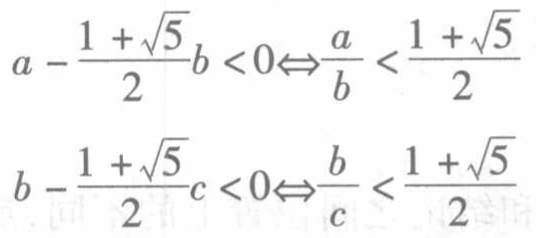
\[
a - \frac{1 + \sqrt{5}}{2}b < 0 \Leftrightarrow \frac{a}{b} < \frac{1 + \sqrt{5}}{2}
\]
\[
b - \frac{1 + \sqrt{5}}{2}c < 0 \Leftrightarrow \frac{b}{c} < \frac{1 + \sqrt{5}}{2}
\]